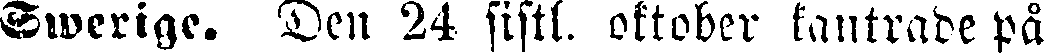
Swerige. Den 24 sistl. oktober kantrade på